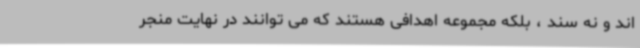
اند و نه سند ، بلکه مجموعه اهدافی هستند که می توانند در نهایت منجر